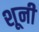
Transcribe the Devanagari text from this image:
शूनी